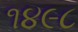
૧૪૯૮